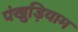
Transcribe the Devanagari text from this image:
पंखुड़ियाम